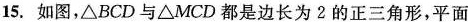
15.如图，△BCD与△MCD都是边长为2的正三角形，平面